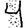
Digit: 4